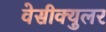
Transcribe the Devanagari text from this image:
वेसीक्युलर